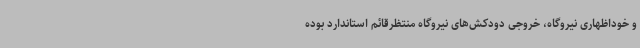
و خوداظهاری نیروگاه، خروجی دودکش‌های نیروگاه منتظرقائم استاندارد بوده